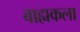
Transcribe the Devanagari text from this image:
बाह्यकला